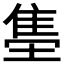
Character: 𬯫